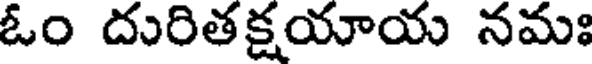
ఓం దురితక్షయాయ నమః